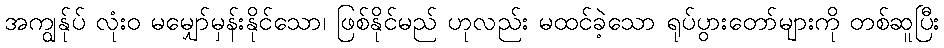
အကျွန်ုပ် လုံးဝ မမျှော်မှန်းနိုင်သော၊ ဖြစ်နိုင်မည် ဟုလည်း မထင်ခဲ့သော ရုပ်ပွားတော်များကို တစ်ဆူပြီး